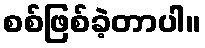
စစ်ဖြစ်ခဲ့တာပါ။